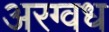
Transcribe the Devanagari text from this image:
अरग्वध